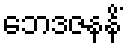
ဘေဒဇနနိံ